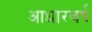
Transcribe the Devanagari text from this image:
आधारवर्ष